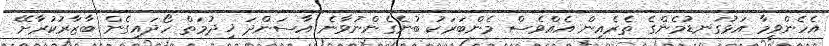
އެހެންވީމާ އަޅުގަނޑުމެންގެ ތެރެއިން އެއްވެސް މެންބަރަކު ބުނެގެންނުވާނެ އާސަންދަ ޚިދުމަތް ހޯދައިގެން ބާޒާރުކުރާށޭ